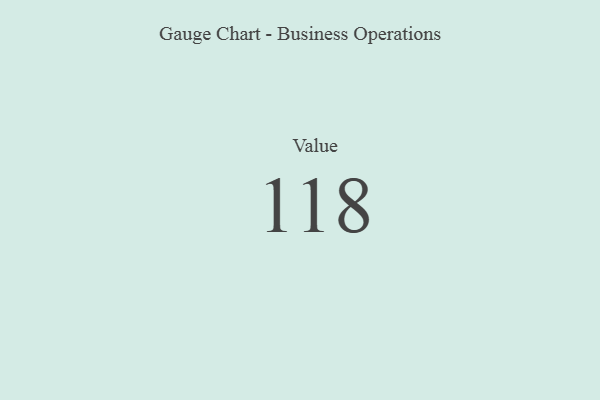
{"axis": {"x": "Metric", "y": "Value"}, "legend": [""], "data": [{"x": "Value", "y": 118, "type": ""}]}